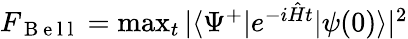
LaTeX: \begin{array}{r}{F_{\mathrm{~B~e~l~l~}}=\operatorname*{max}_{t}|\langle\Psi^{+}|e^{-i\hat{H}t}|\psi(0)\rangle|^{2}}\end{array}